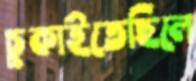
চুকাইতেছিলে